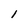
Character: I